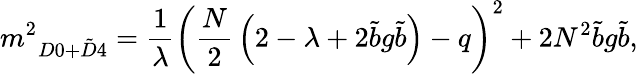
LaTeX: \displaystyle{m^{2}}_{D0+\tilde{D}4}=\frac{1}{\lambda}\left({\frac{N}{2}}\left(2-\lambda+2{\tilde{b}}g{\tilde{b}}\right)-q\right)^{2}+2N^{2}{\tilde{b}}g{\tilde{b}},